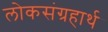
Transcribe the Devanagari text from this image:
लोकसंग्रहार्थ